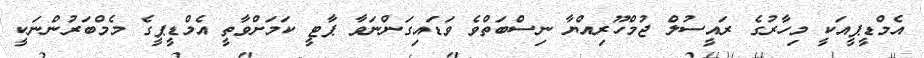
އެމްޑީޕީއަކީ މިހާރުގެ ރައީސުލް ޖުމްހޫރިއްޔާ ނިސްބަތްވެ ވަޑައިގަންނަވާ ޕާޓީ ކަމަށްވާތީ އެމްޑީޕީގެ މެމްބަރުންނަކީ